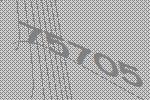
75705